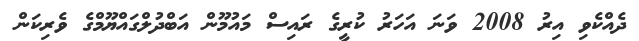
ދެއްކެވި އިރު 2008 ވަނަ އަހަަރު ކުރީގެ ރައިސް މައުމޫން އަބްދުލްގައްޔޫމްގެ ވެރިކަން